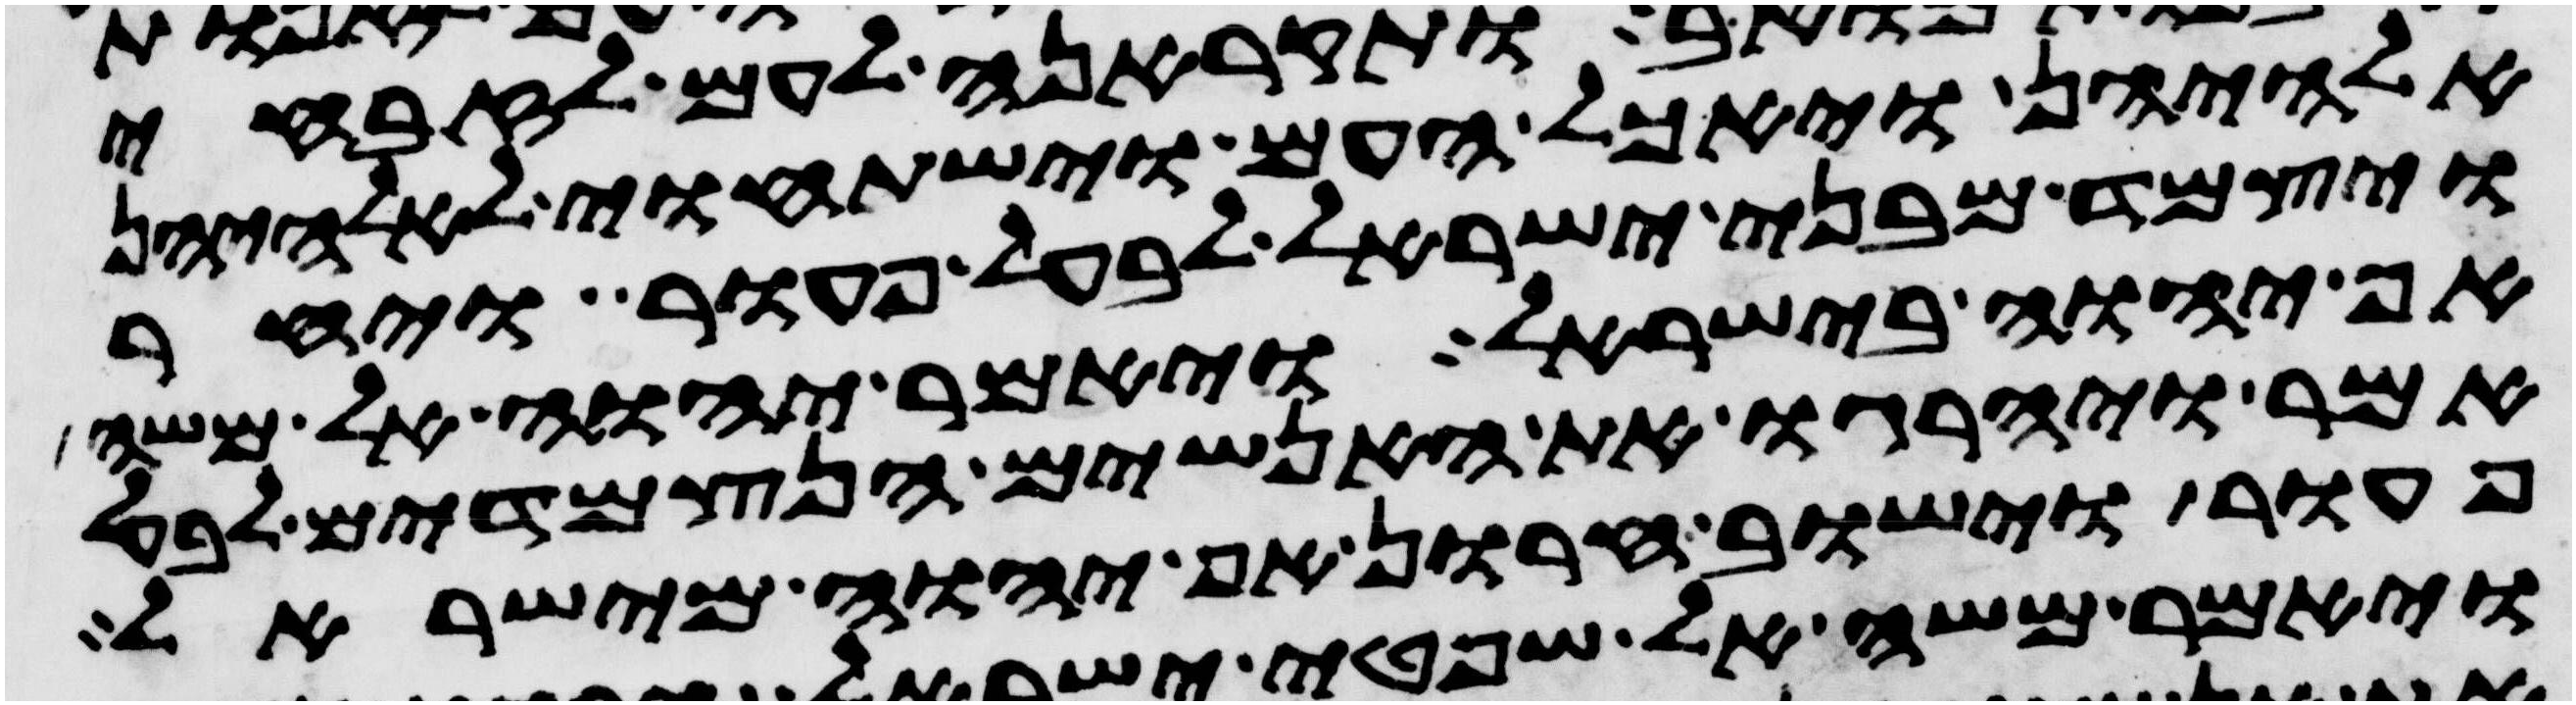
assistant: אלהיהן ויאכל העם וישתחוי לאלהיהן
ויצמד מבני ישראל לבעל פעור ויחר
אף יהוה בישראל ויאמר יהוה אל משה
אמר ויהרגו את האנשים הנצמדים לבעל
פעור וישוב חרון אף יהוה מישראל